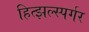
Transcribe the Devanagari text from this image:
हित्झल्स्पर्गर